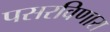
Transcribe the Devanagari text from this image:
पसरविणारा